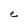
Character: e